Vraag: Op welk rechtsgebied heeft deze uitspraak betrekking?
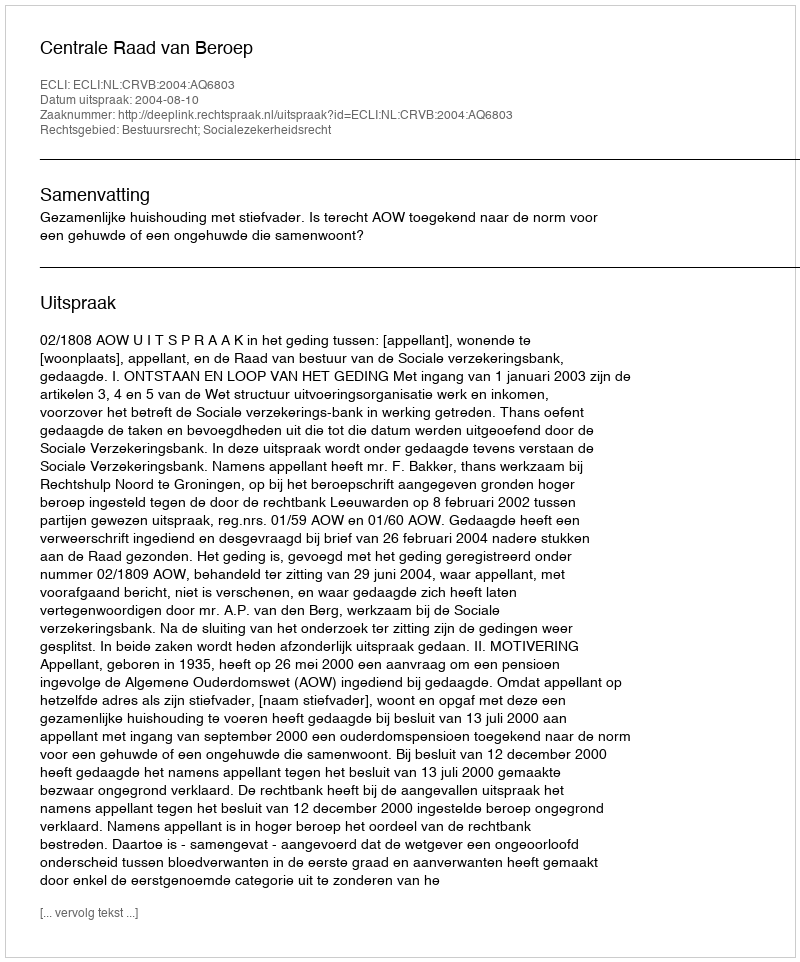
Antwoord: Bestuursrecht; Socialezekerheidsrecht